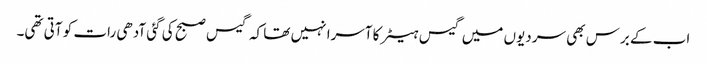
اب کے برس بھی سردیوں میں گیس ہیٹر کا آسرا نہیں تھا کہ گیس صبح کی گئی آدھی رات کو آتی تھی۔